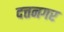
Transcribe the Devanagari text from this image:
दत्तनगर